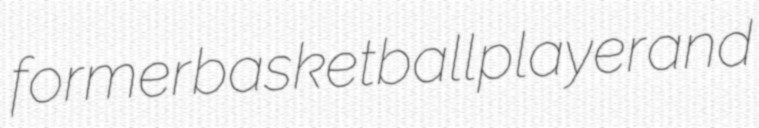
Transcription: former basketball player and